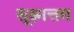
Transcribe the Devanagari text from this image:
सूक्ष्मत्तम